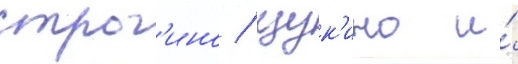
строг'ино / щук'ино и́